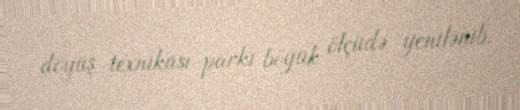
döyüş texnikası parkı böyük ölçüdə yenilənib.